Subject: math
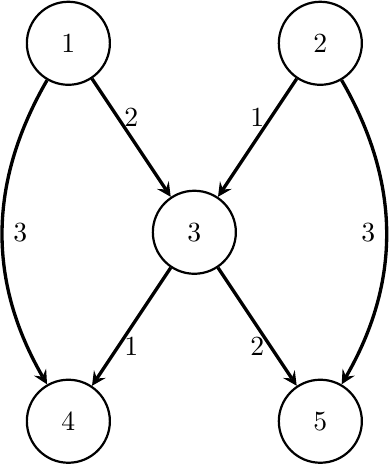
LaTeX code:
\begin{tikzpicture}[scale=0.8]
\begin{scope}[every node/.style={circle,thick,draw}, minimum size=3em]
    \node (1) at (-2,3) {$1$};
    \node (2) at (2,3) {$2$};
    \node (3) at (0,0) {$3$};
    \node (4) at (-2,-3) {$4$};
    \node (5) at (2,-3) {$5$};
\end{scope}
\begin{scope}[>={stealth[black]}, every edge/.style={draw,very thick}]
    \path [->] (1) edge node [above]{$2$} (3);
    \path [->] (2) edge node [above]{$1$} (3);
    \path [->] (1) edge [bend right=30, looseness=1] node [right]{$3$} (4);
    \path [->] (2) edge [bend left =30, looseness=1] node [left]{$3$} (5);
    \path [->] (3) edge node [below] {$1$} (4);
    \path [->] (3) edge node [below]{$2$} (5);
\end{scope}
\end{tikzpicture}